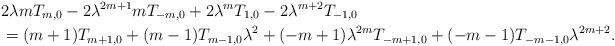
LaTeX: \begin{align*}&2\lambda mT_{m,0}-2\lambda^{2m+1} mT_{-m,0}+2\lambda^mT_{1,0}-2\lambda^{m+2}T_{-1,0}\\&=(m+1)T_{m+1,0}+(m-1)T_{m-1,0}\lambda^2+(-m+1)\lambda^{2m}T_{-m+1,0}+(-m-1)T_{-m-1,0}\lambda^{2m+2}.\end{align*}